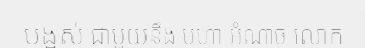
បង្អស់ ជាមួយនឹង មហា អំណាច លោក